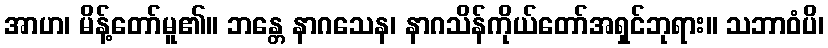
အာဟ၊ မိန့်တော်မူ၏။ ဘန္တေ နာဂသေန၊ နာဂသိန်ကိုယ်တော်အရှင်ဘုရား။ သဘာဝံပိ၊